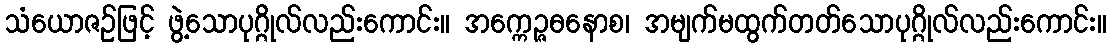
သံယောဇဉ်ဖြင့် ဖွဲ့သောပုဂ္ဂိုလ်လည်းကောင်း။ အက္ကေဉ္ဇဓနောစ၊ အမျက်မထွက်တတ်သောပုဂ္ဂိုလ်လည်းကောင်း။